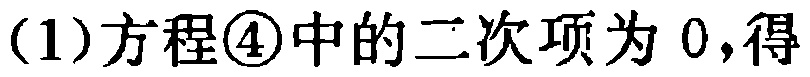
(1)方程\textcircled{4}中的二次项为 0,得